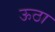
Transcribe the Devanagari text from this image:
ऊठा